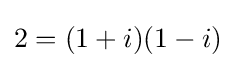
2=(1+i)(1-i)